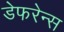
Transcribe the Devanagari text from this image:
डेफरेन्स